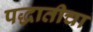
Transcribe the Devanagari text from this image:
पद्धातीचा